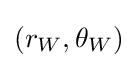
(r_{W},\theta _{W})